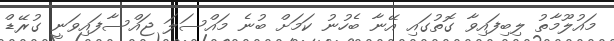
މައުލޫމާތު ލިބިފައިވާ ގޮތުގައި އޭނާ ބެހުނު ކަމަށް ބުނެ މައްސަލަ ޖައްސާފައިވަނީ ގުރޭޑް